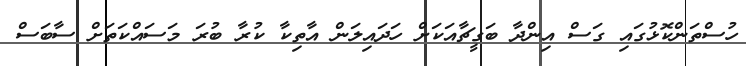
ހުސްތަންކޮޅުގައި ގަސް އިންދާ ބަގީޗާއަކަށް ހަދައިލަން އާތިކާ ކުރާ ބުރަ މަސައްކަތަށް ސާބަސް